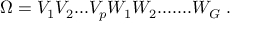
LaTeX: \Omega = V _ { 1 } V _ { 2 } . . . V _ { p } W _ { 1 } W _ { 2 } . . . . . . . W _ { G } ~ .